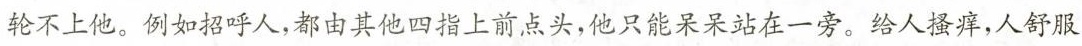
轮不上他。例如招呼人，都由其他四指上前点头，他只能呆呆站在一旁。给人搔痒，人舒服